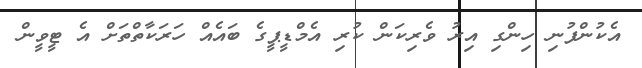
އެކުންފުނި ހިންގި އިރު ވެރިކަން ކުރި އެމްޑީޕީގެ ބައެއް ހަރަކާތްތަށް އެ ޓީވީން